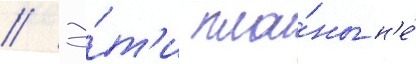
// Э́т'и пла́ны н'е́